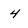
Character: 4